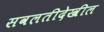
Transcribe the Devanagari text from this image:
सवलतीदेखील